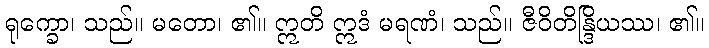
ရုက္ခော၊ သည်။ မတော၊ ၏။ ဣတိ ဣဒံ မရဏံ၊ သည်။ ဇီဝိတိန္ဒြိယဿ၊ ၏။